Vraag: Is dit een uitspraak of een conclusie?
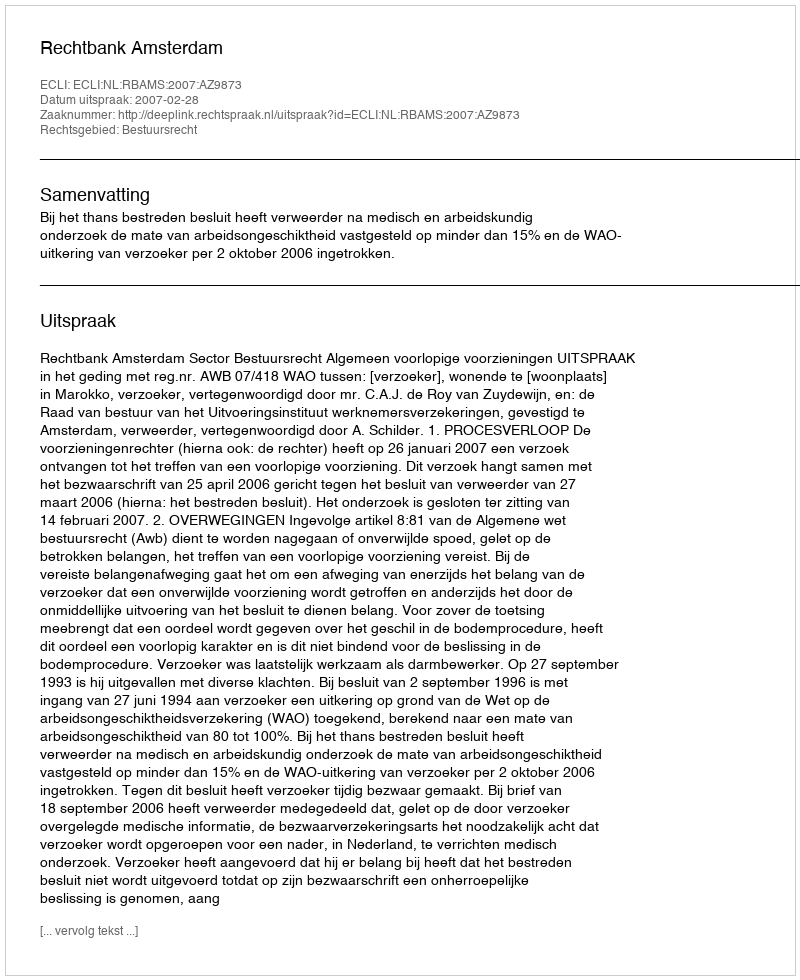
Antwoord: Uitspraak